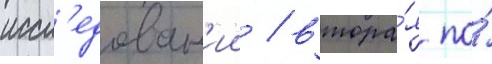
иссл'едован'ии / втора́я по́